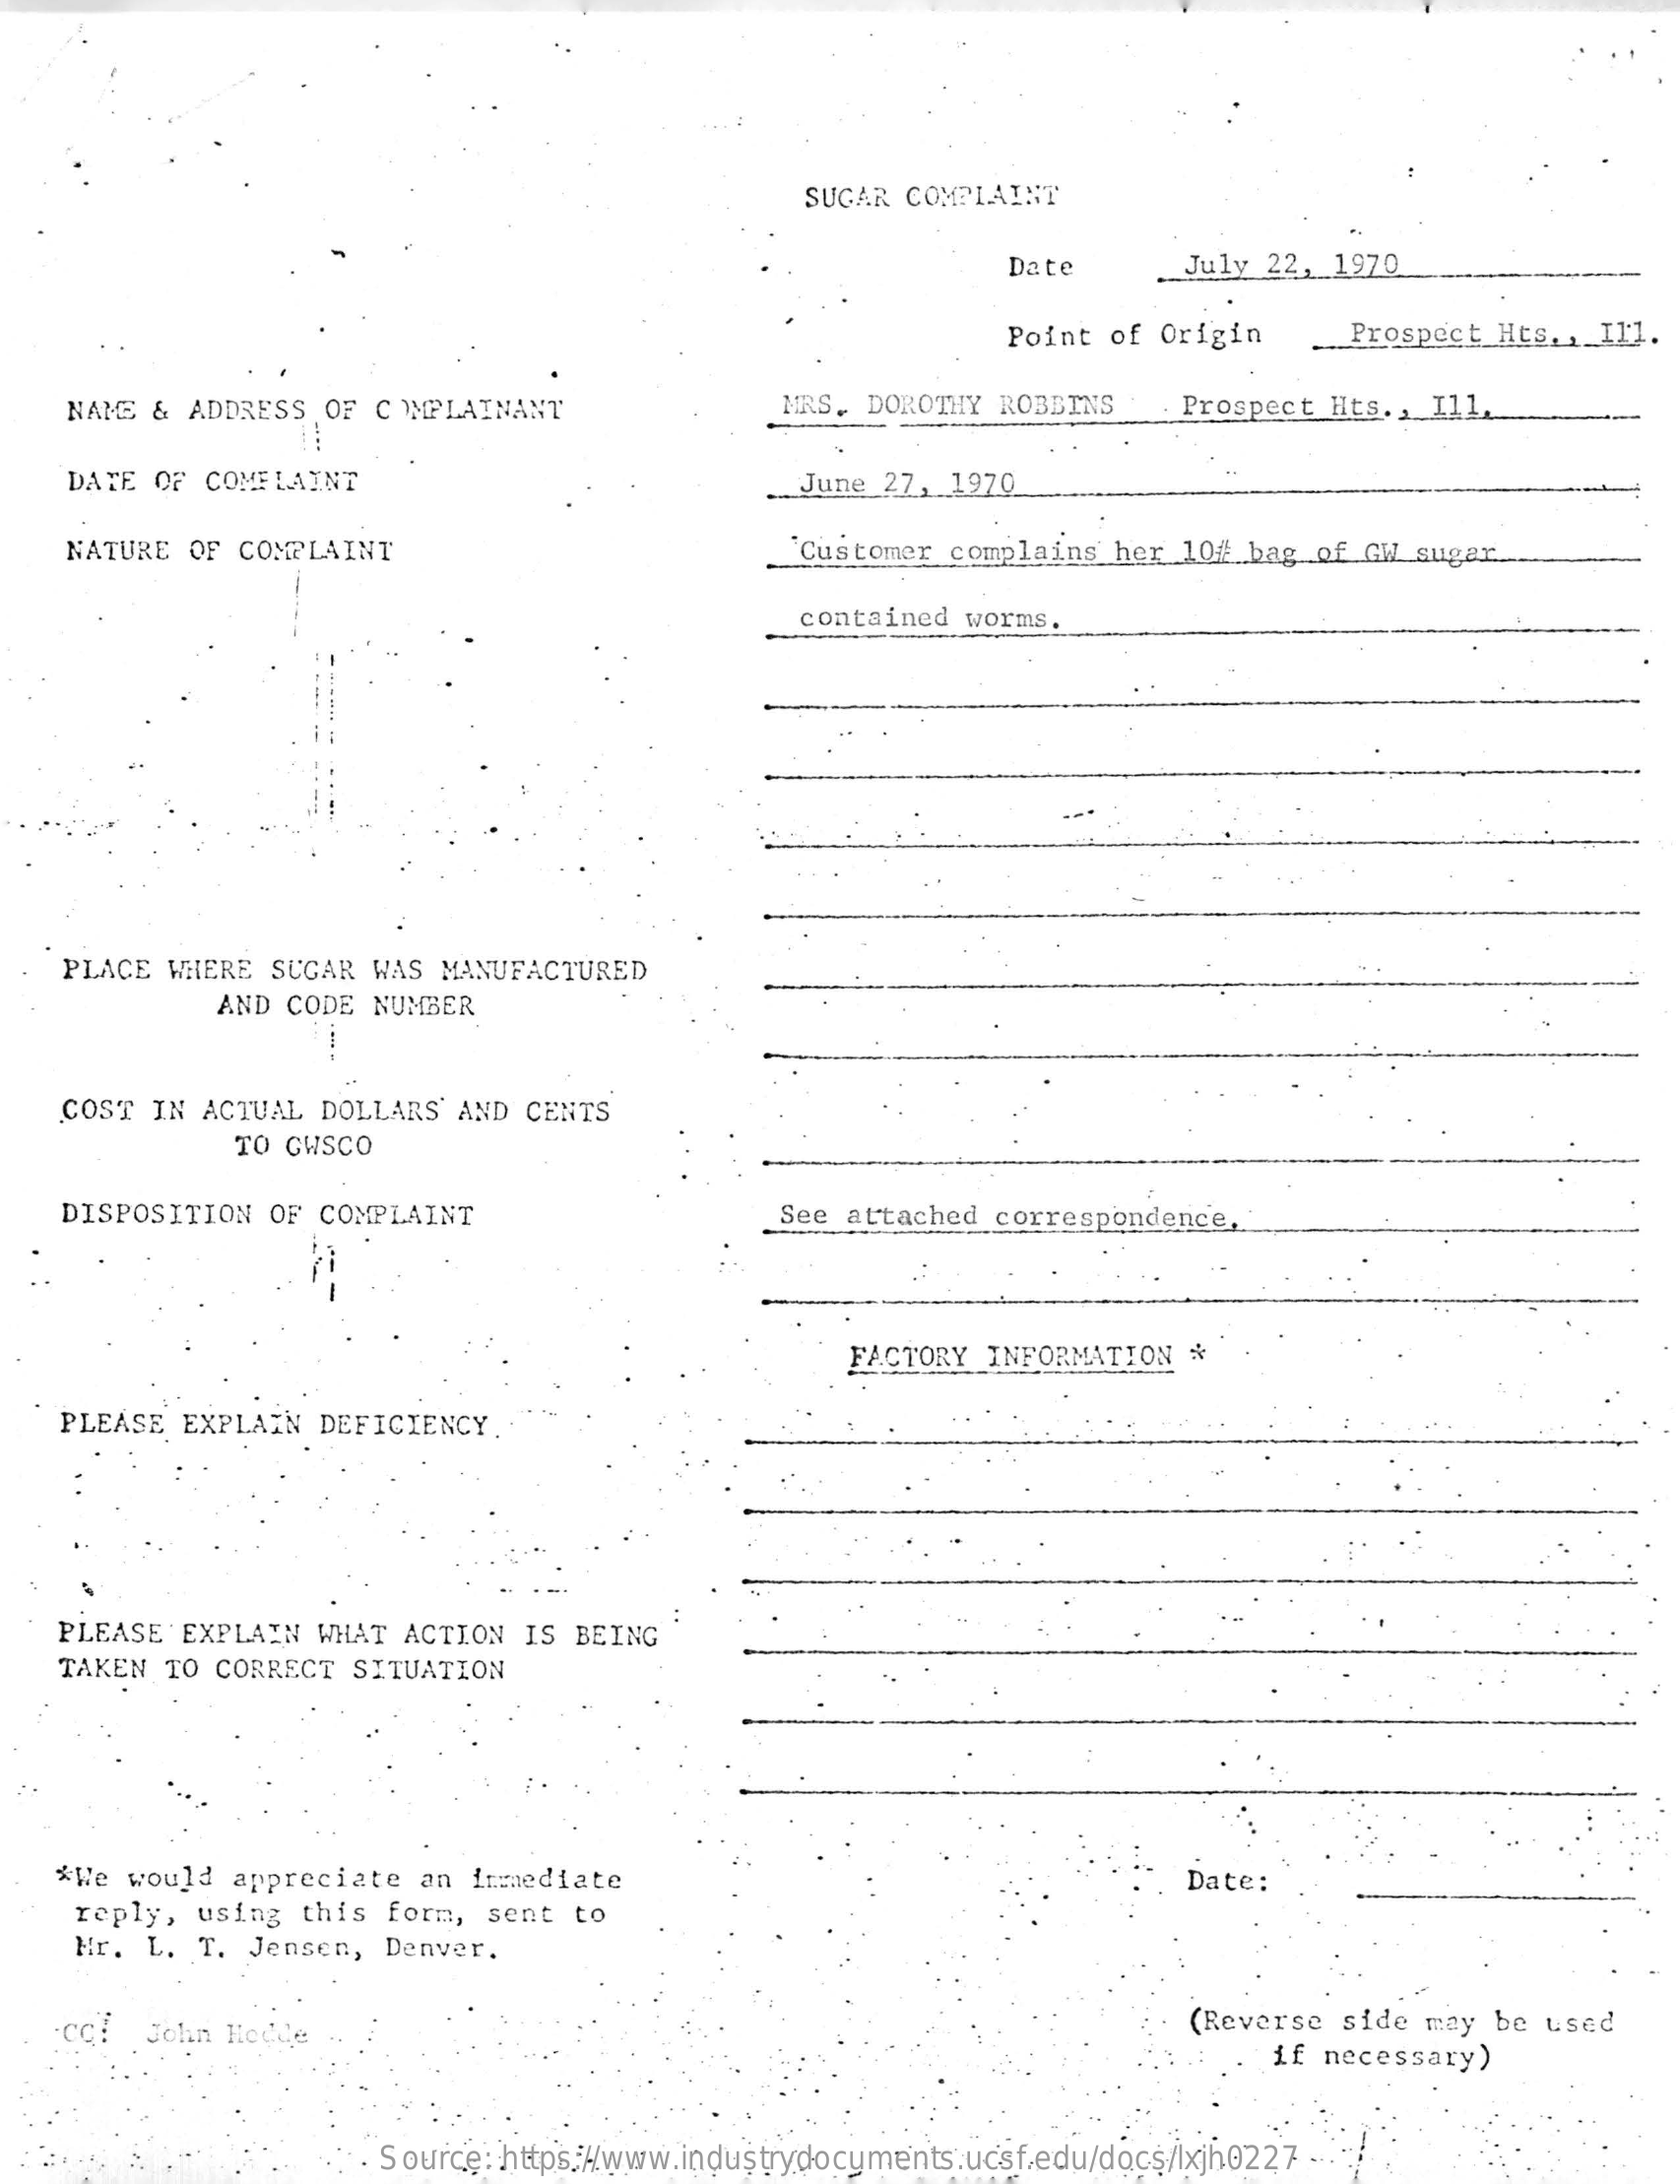
SUGAR COMPLAINT
     Date   July 22, 1970
     Point of Origin Prospect Hts. , Ill.
   NAME & ADDRESS OF COMPLAINANT MRS. DOROTHY ROBBINS Prospect Hts ., Ill.
   DATE OF COMPLAINT    June 27, 1970    -
   NATURE OF COMPLAINT    'Customer complains her 10# bag of GW sugar.
     contained worms.
   PLACE WHERE SUGAR WAS MANUFACTURED
     AND CODE NUMBER
     --
   COST IN ACTUAL DOLLARS' AND CENTS
     TO CWSCO
   DISPOSITION OF COMPLAINT    See attached correspondence.
     FACTORY INFORMATION *
   PLEASE EXPLAIN DEFICIENCY.
   PLEASE EXPLAIN WHAT ACTION IS BEING
   TAKEN TO CORRECT SITUATION
   *We would appreciate an immediate    Date:
   reply, using this form, sent to
   Mr. L. T. Jensen, Denver.
     (Reverse side may be used
     if necessary)
     Source: https://www.industrydocuments.ucsf.edu/docs/lxjh0227